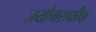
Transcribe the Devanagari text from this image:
जयोगराफीक